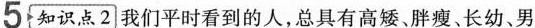
5{知识点2]我们平时看到的人，总具有高矮，胖瘦、长幼、男